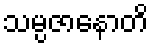
သမ္ပဇာနောတိ